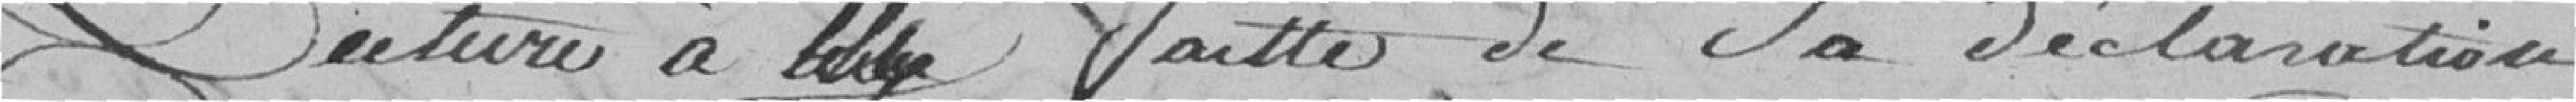
Lecture a été faite de sa déclaration